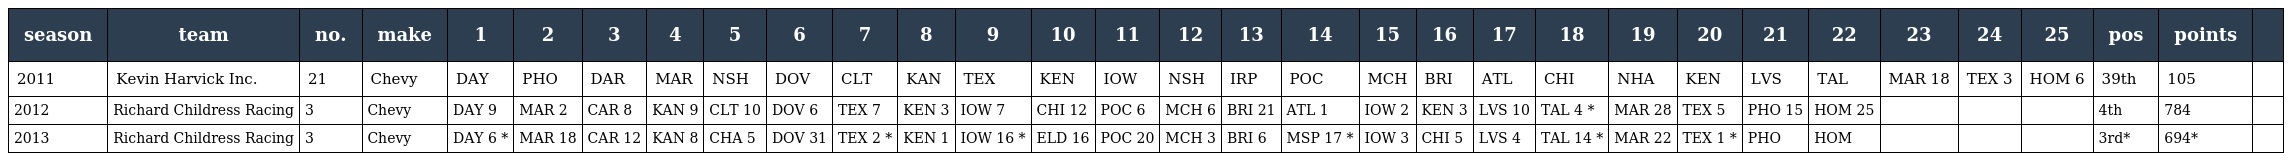
| season | team | no. | make | 1 | 2 | 3 | 4 | 5 | 6 | 7 | 8 | 9 | 10 | 11 | 12 | 13 | 14 | 15 | 16 | 17 | 18 | 19 | 20 | 21 | 22 | 23 | 24 | 25 | pos | points |  |
 | --- | --- | --- | --- | --- | --- | --- | --- | --- | --- | --- | --- | --- | --- | --- | --- | --- | --- | --- | --- | --- | --- | --- | --- | --- | --- | --- | --- | --- | --- | --- | --- |
 | 2011 | Kevin Harvick Inc. | 21 | Chevy | DAY | PHO | DAR | MAR | NSH | DOV | CLT | KAN | TEX | KEN | IOW | NSH | IRP | POC | MCH | BRI | ATL | CHI | NHA | KEN | LVS | TAL | MAR 18 | TEX 3 | HOM 6 | 39th | 105 |  |
 | 2012 | Richard Childress Racing | 3 | Chevy | DAY 9 | MAR 2 | CAR 8 | KAN 9 | CLT 10 | DOV 6 | TEX 7 | KEN 3 | IOW 7 | CHI 12 | POC 6 | MCH 6 | BRI 21 | ATL 1 | IOW 2 | KEN 3 | LVS 10 | TAL 4 * | MAR 28 | TEX 5 | PHO 15 | HOM 25 |  |  |  | 4th | 784 |  |
 | 2013 | Richard Childress Racing | 3 | Chevy | DAY 6 * | MAR 18 | CAR 12 | KAN 8 | CHA 5 | DOV 31 | TEX 2 * | KEN 1 | IOW 16 * | ELD 16 | POC 20 | MCH 3 | BRI 6 | MSP 17 * | IOW 3 | CHI 5 | LVS 4 | TAL 14 * | MAR 22 | TEX 1 * | PHO | HOM |  |  |  | 3rd* | 694* |  |